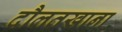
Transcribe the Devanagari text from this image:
दौलतखाना